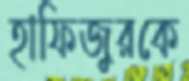
হাফিজুরকে